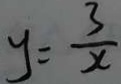
y = \frac { 3 } { x }